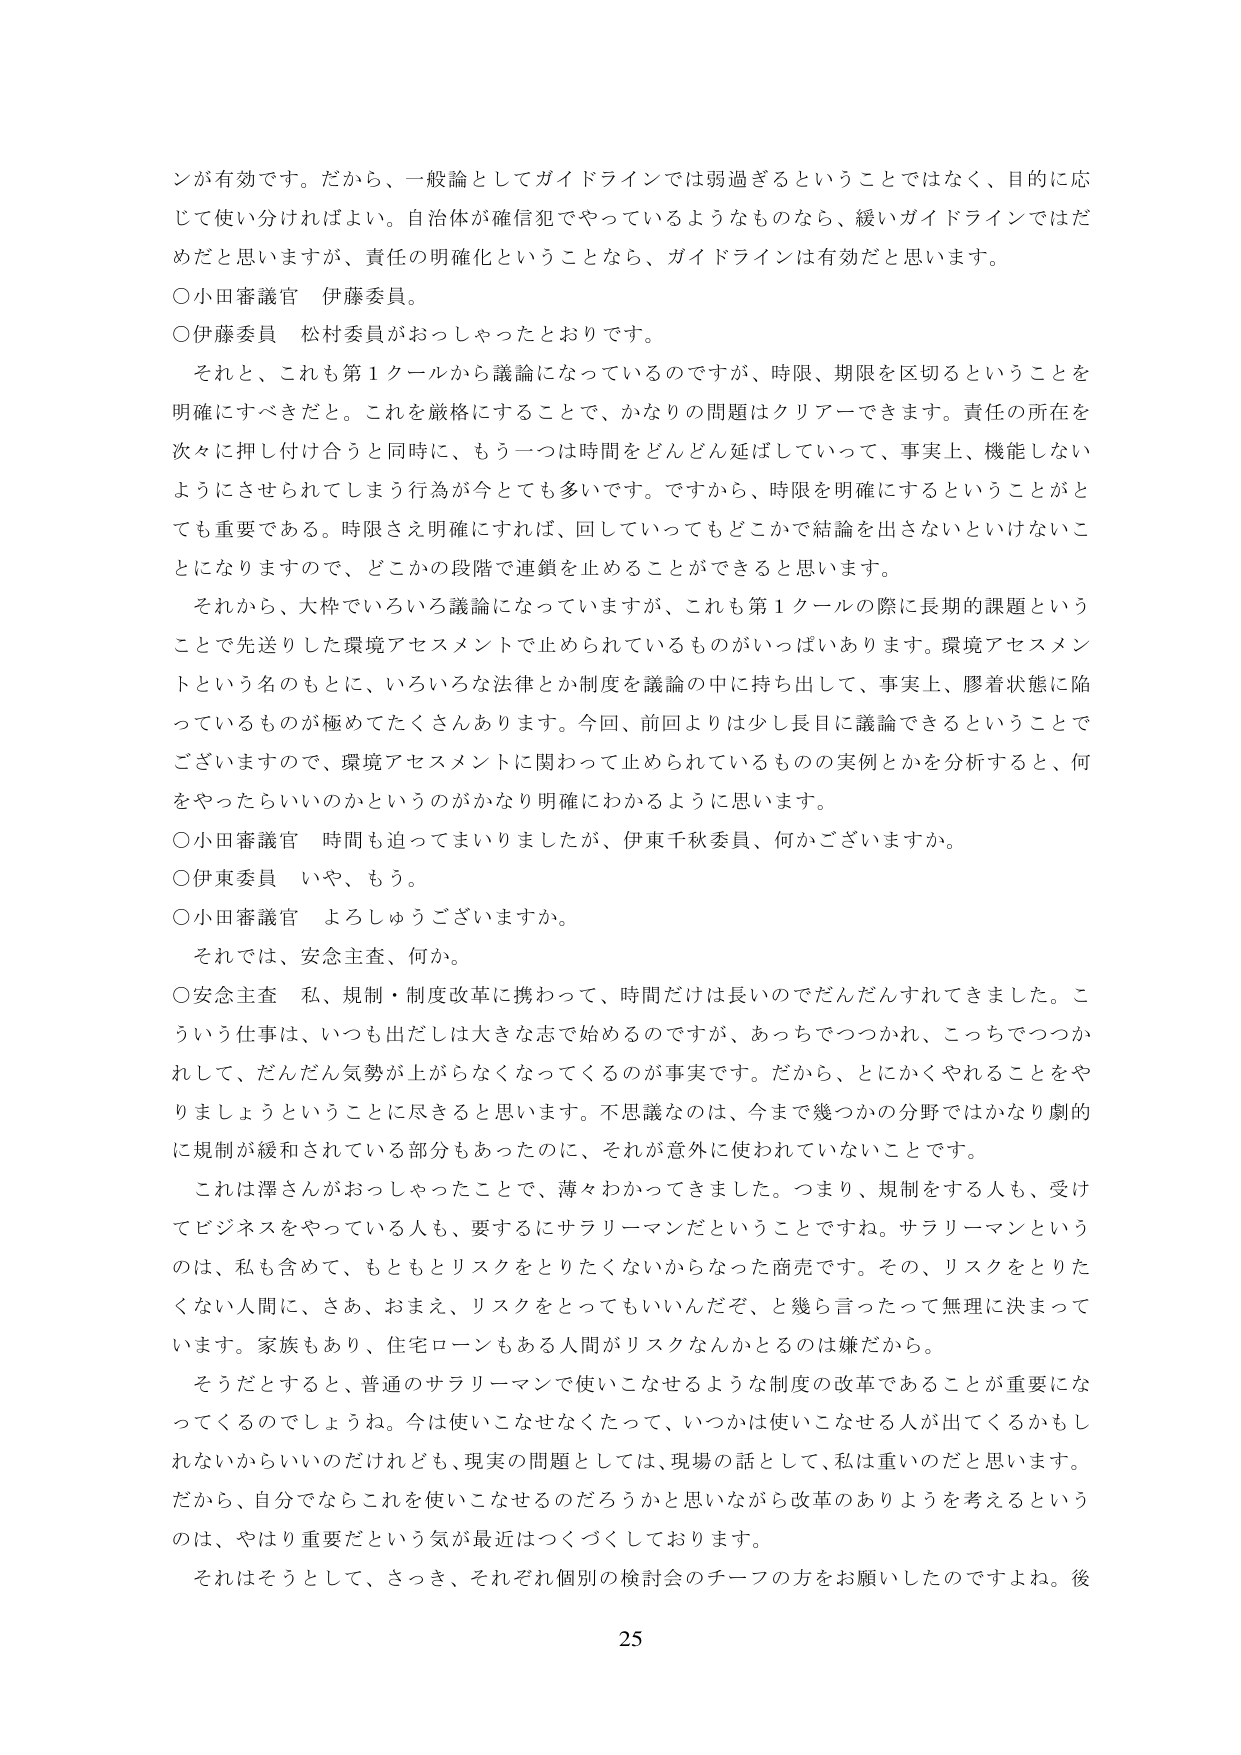
ンが有効です。だから、一般論としてガイドラインでは弱過ぎるということではなく、目的に応じて使い分ければよい。自治体が確信犯でやっているようなものなら、緩いガイドラインではだめだと思いますが、責任の明確化ということなら、ガイドラインは有効だと思います。

○小田審議官 伊藤委員。

○伊藤委員 松村委員がおっしゃったとおりです。

それと、これも第1クールから議論になっているのですが、時限、期限を区切るということを明確にすべきだと。これを厳格にすることで、かなりの問題はクリアーできます。責任の所在を次々に押し付け合うと同時に、もう一つは時間をどんどん延ばしていって、事実上、機能しないようにさせられてしまう行為が今とても多いです。ですから、時限を明確にするということがとても重要である。時限さえ明確にすれば、回していってもどこかで結論を出さないといけないことになりますので、どこかの段階で連鎖を止めることが可能だと思います。

それから、大枠でいろいろ議論になっていますが、これも第1クールの際に長期的課題ということで先送りした環境アセスメントで止められているものがいっぱいあります。環境アセスメントという名のもとに、いろいろな法律とか制度を議論の中に持ち出して、事実上、膠着状態に陥っているものが極めてたくさんあります。今回、前回よりは少し長目に議論できるということでございますので、環境アセスメントに関わって止められているものの実例とかを分析すると、何をやったらいいのかというのがかなり明確にわかるように思います。

○小田審議官 時間も迫ってまいりましたが、伊東千秋委員、何かございますか。

○伊東委員 いや、もう。

○小田審議官 よろしうございますか。

それでは、安念主査、何か。

○安念主査 私、規制・制度改革に携わって、時間だけは長いのでだんだんすれてきました。こういう仕事は、いつも出だしは大きな志で始めるのですが、あっちでつかれ、こっちでつかれして、だんだん気勢が上がらなくなってくるのが事実です。だから、とにかくやれることをやりましょうということに尽きると思います。不思議なのは、今まで幾つかの分野ではかなり劇的に規制が緩和されている部分もあったのに、それが意外に使われていないことです。

これは澤さんがおっしゃったことで、薄々わかってきました。つまり、規制をする人も、受けてビジネスをやっている人も、要するにサラリーマンだということですね。サラリーマンというのは、私も含めて、もともとリスクをとりたくないからなった商売です。その、リスクをとりたくない人間に、さあ、おまえ、リスクをとってもいいんだぞ、と幾ら言ったって無理に決まっています。家族もあり、住宅ローンもある人間がリスクなんかとるのは嫌だから。

そうだとすると、普通のサラリーマンで使いこなせるような制度の改革であることが重要になってくるのでしょうね。今は使いこなせなくなっていて、いつかは使いこなせる人が出てくるかもしれないからいいのだけれども、現実の問題としては、現場の話として、私は重いのだと思います。だから、自分でならこれを使いこなせるのだろうかと思いながら改革のありようを考えるというのは、やはり重要だという気が最近はつくづくしております。

それはそうとして、さっき、それぞれ個別の検討会のチーフの方をお願いしたのですよね。後

25